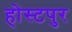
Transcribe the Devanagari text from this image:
होस्टपुर